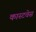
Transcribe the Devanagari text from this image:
कास्टवेस